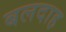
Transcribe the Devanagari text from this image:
बलदाह